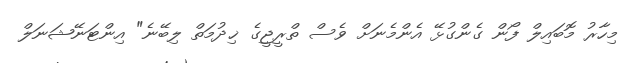
މިހާރު މޮބައިލް ފޯން ގެންގުޅޭ އެންމެނަށް ވެސް ތްރީޖީގެ ޚިދުމަތް ލިބޭނެ" އިންޓަނޭޝަނަލް